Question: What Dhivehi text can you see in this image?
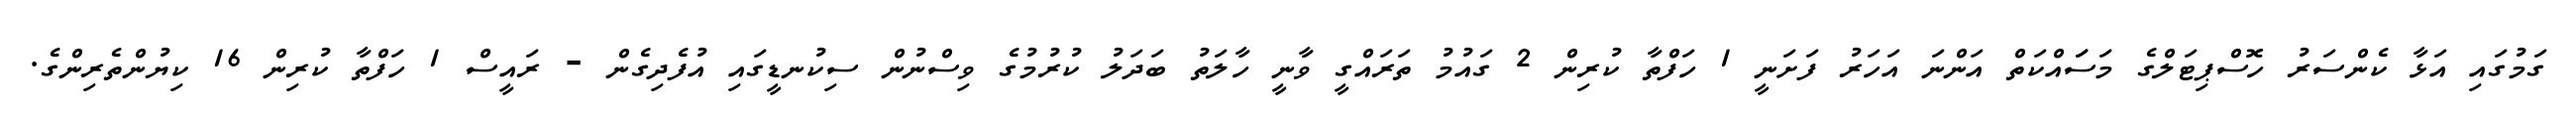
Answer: ގަމުގައި އަޅާ ކެންސަރު ހޮސްޕިޓަލްގެ މަސަައްކަތް އަންނަ އަހަރު ފަށަނީ 1 ހަފްތާ ކުރިން 2 ގައުމު ތަރައްގީ ވާނީ ހާލަތު ބަދަލު ކުރުމުގެ ވިސްނުން ސިކުނޑީގައި އުފެދިގެން - ރައީސް 1 ހަފްތާ ކުރިން 16 ކިޔުންތެރިންގެ.